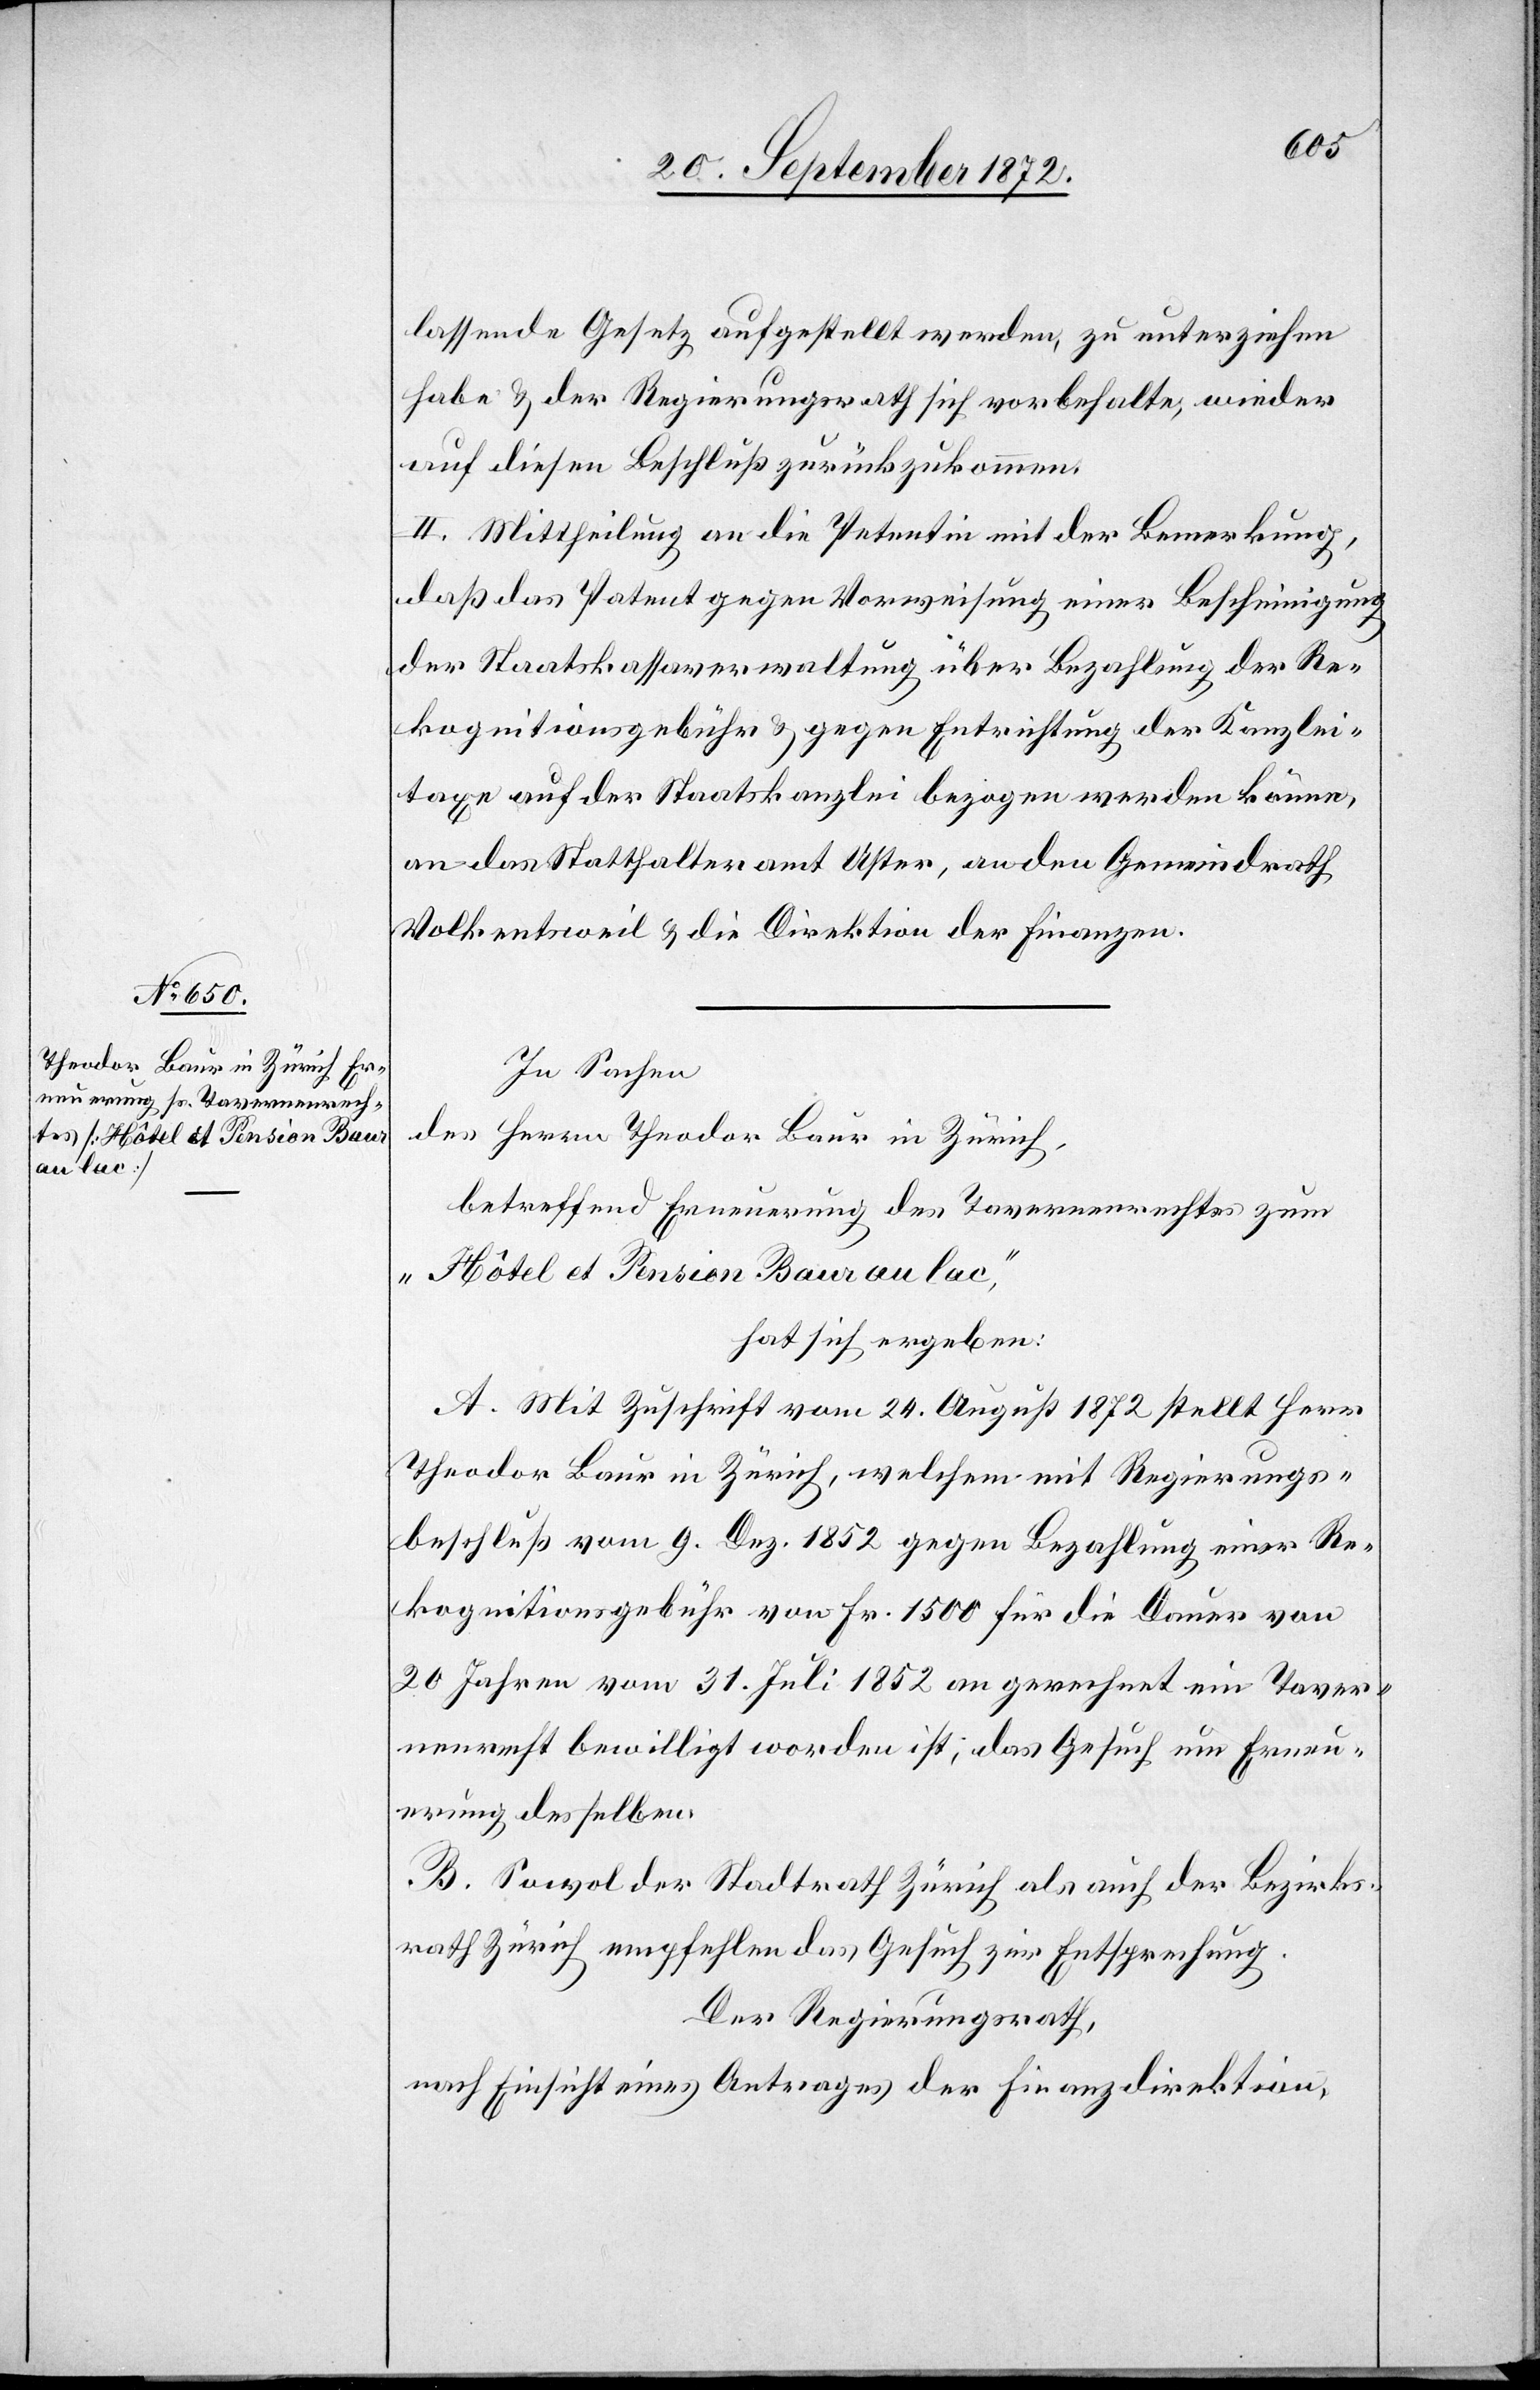
lassende Gesetz aufgestellt werden, zu unterziehen
habe u. der Regierungsrath sich vorbehalte, wieder
auf diesen Beschluß zurückzukommen.
II. Mittheilung an die Petentin mit der Bemerkung,
daß das Patent gegen Vorweisung einer Bescheinigung
der Staatskassaverwaltung über Bezahlung der Re¬
kognitionsgebühr u. gegen Entrichtung der Kanzlei¬
taxe auf der Staatskanzlei bezogen werden können,
an das Statthalteramt Uster, an den Gemeindrath
Volkentsweil u. die Direktion der Finanzen.
In Sachen
des Herren Theodor Baur in Zürich,
betreffend Erneuerung des Tavernenrechtes zum
„Hôtel et Pension Baur au lac,“
hat sich ergeben:
A. Mit Zuschrift vom 24. August 1872 stellt Herr
Theodor Baur in Zürich, welchem mit Regierungs¬
beschluß vom 9. Dez. 1852 gegen Bezahlung einer Re¬
kognitionsgebühr von Fr. 1500 für die Dauer von
20 Jahren vom 31. Juli 1852 an gerechnet ein Taver¬
nenrecht bewilligt worden ist, das Gesuch um Erneu¬
erung desselben.
B. Sowol der Stadtrath Zürich als auch der Bezirks¬
rath Zürich empfehlen das Gesuch zur Entsprechung.
Der Regierungsrath,
nach Einsicht eines Antrages der Finanzdirektion,